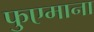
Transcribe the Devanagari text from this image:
फुएमाना